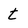
Character: t